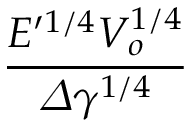
\frac { E ^ { \prime 1 / 4 } V _ { o } ^ { 1 / 4 } } { \varDelta \gamma ^ { 1 / 4 } }